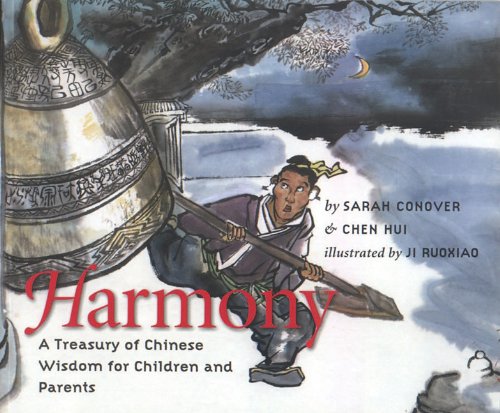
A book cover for Harmony: A Treasury of Chinese Wisdom for Children and Parents (This Little Light of Mine); Children's Books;